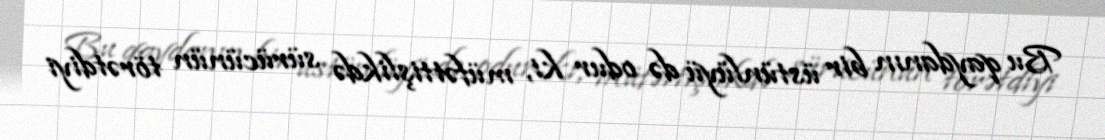
Bu qaydanın bir üstünlüyü də odur ki, müfəttişlikdə sürücünün törətdiyi